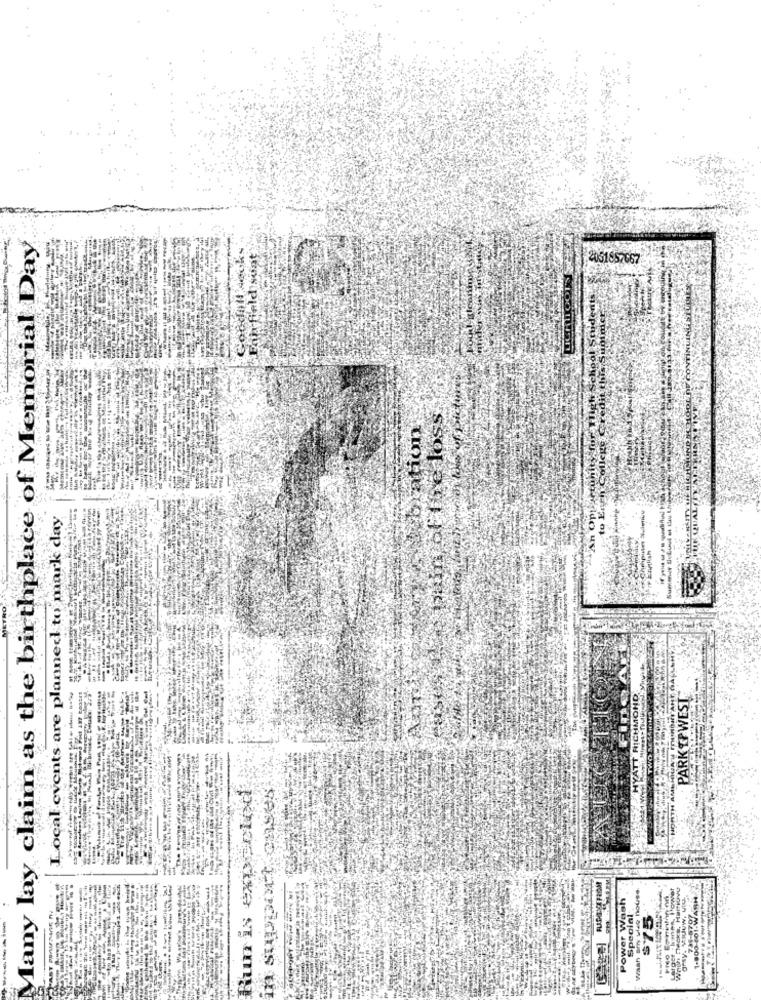
Many lay claim as the birthplace of Memorial Day
2051857667
An Opp urtunity for
to Ench College.
Local events are planned to mark day
Summar BoLus
TRO
HYATT RICHMOND
PARK IP WEST
HONTH AME
Power Wash
By wise hous
Special
$75
amy.
waan